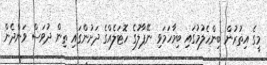
މީގެ އިތުރުން ބިންހެލުމުގައި ބިމާހަމަވި ނޭޕާލުގެ ހޮޓަލެއްގެ ދަށުންގައި ތިން ދުވަސް ވަންދެން